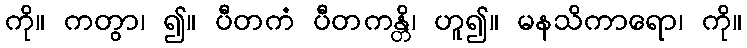
ကို။ ကတွာ၊ ၍။ ပီတကံ ပီတကန္တိ၊ ဟူ၍။ မနသိကာရော၊ ကို။